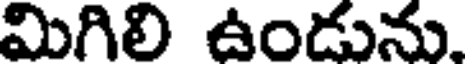
మిగిలి ఉండును.